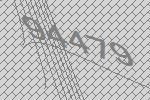
94479